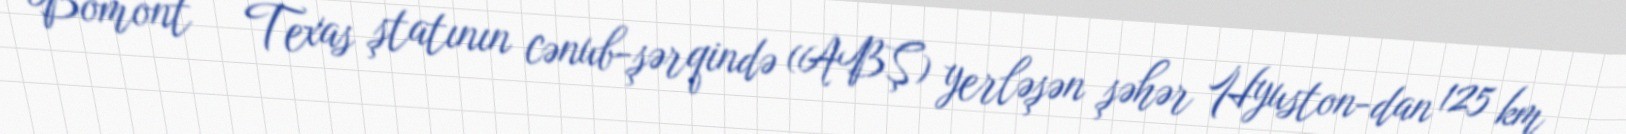
Bomont — Texas ştatının cənub-şərqində (ABŞ) yerləşən şəhər Hyuston-dan 125 km